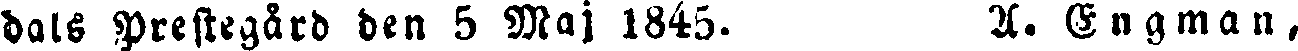
dals Prestegård den 5 Maj 1845. A. Engman,